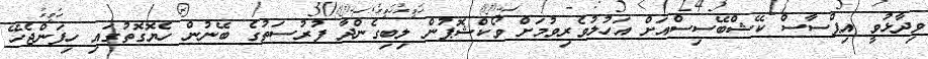
ވިދާޅުވީ އިޕްސާސް ކޭޝްބޭސިސްއަށް އަހުލުވެރިވުމަށް ވޯކްޝޮޕުން ލިބިގެންދާ ފުރުސަތުގެ ބޭނުން ހެޔޮގޮތުގައި ހިފަންޖެހޭ